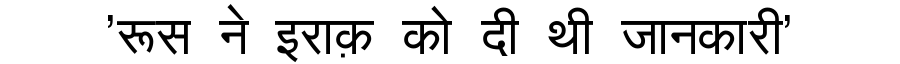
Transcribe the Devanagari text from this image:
'रूस ने इराक़ को दी थी जानकारी'